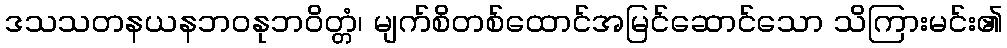
ဒသသတနယနဘဝနုဘဝိတ္တံ၊ မျက်စိတစ်ထောင်အမြင်ဆောင်သော သိကြားမင်း၏